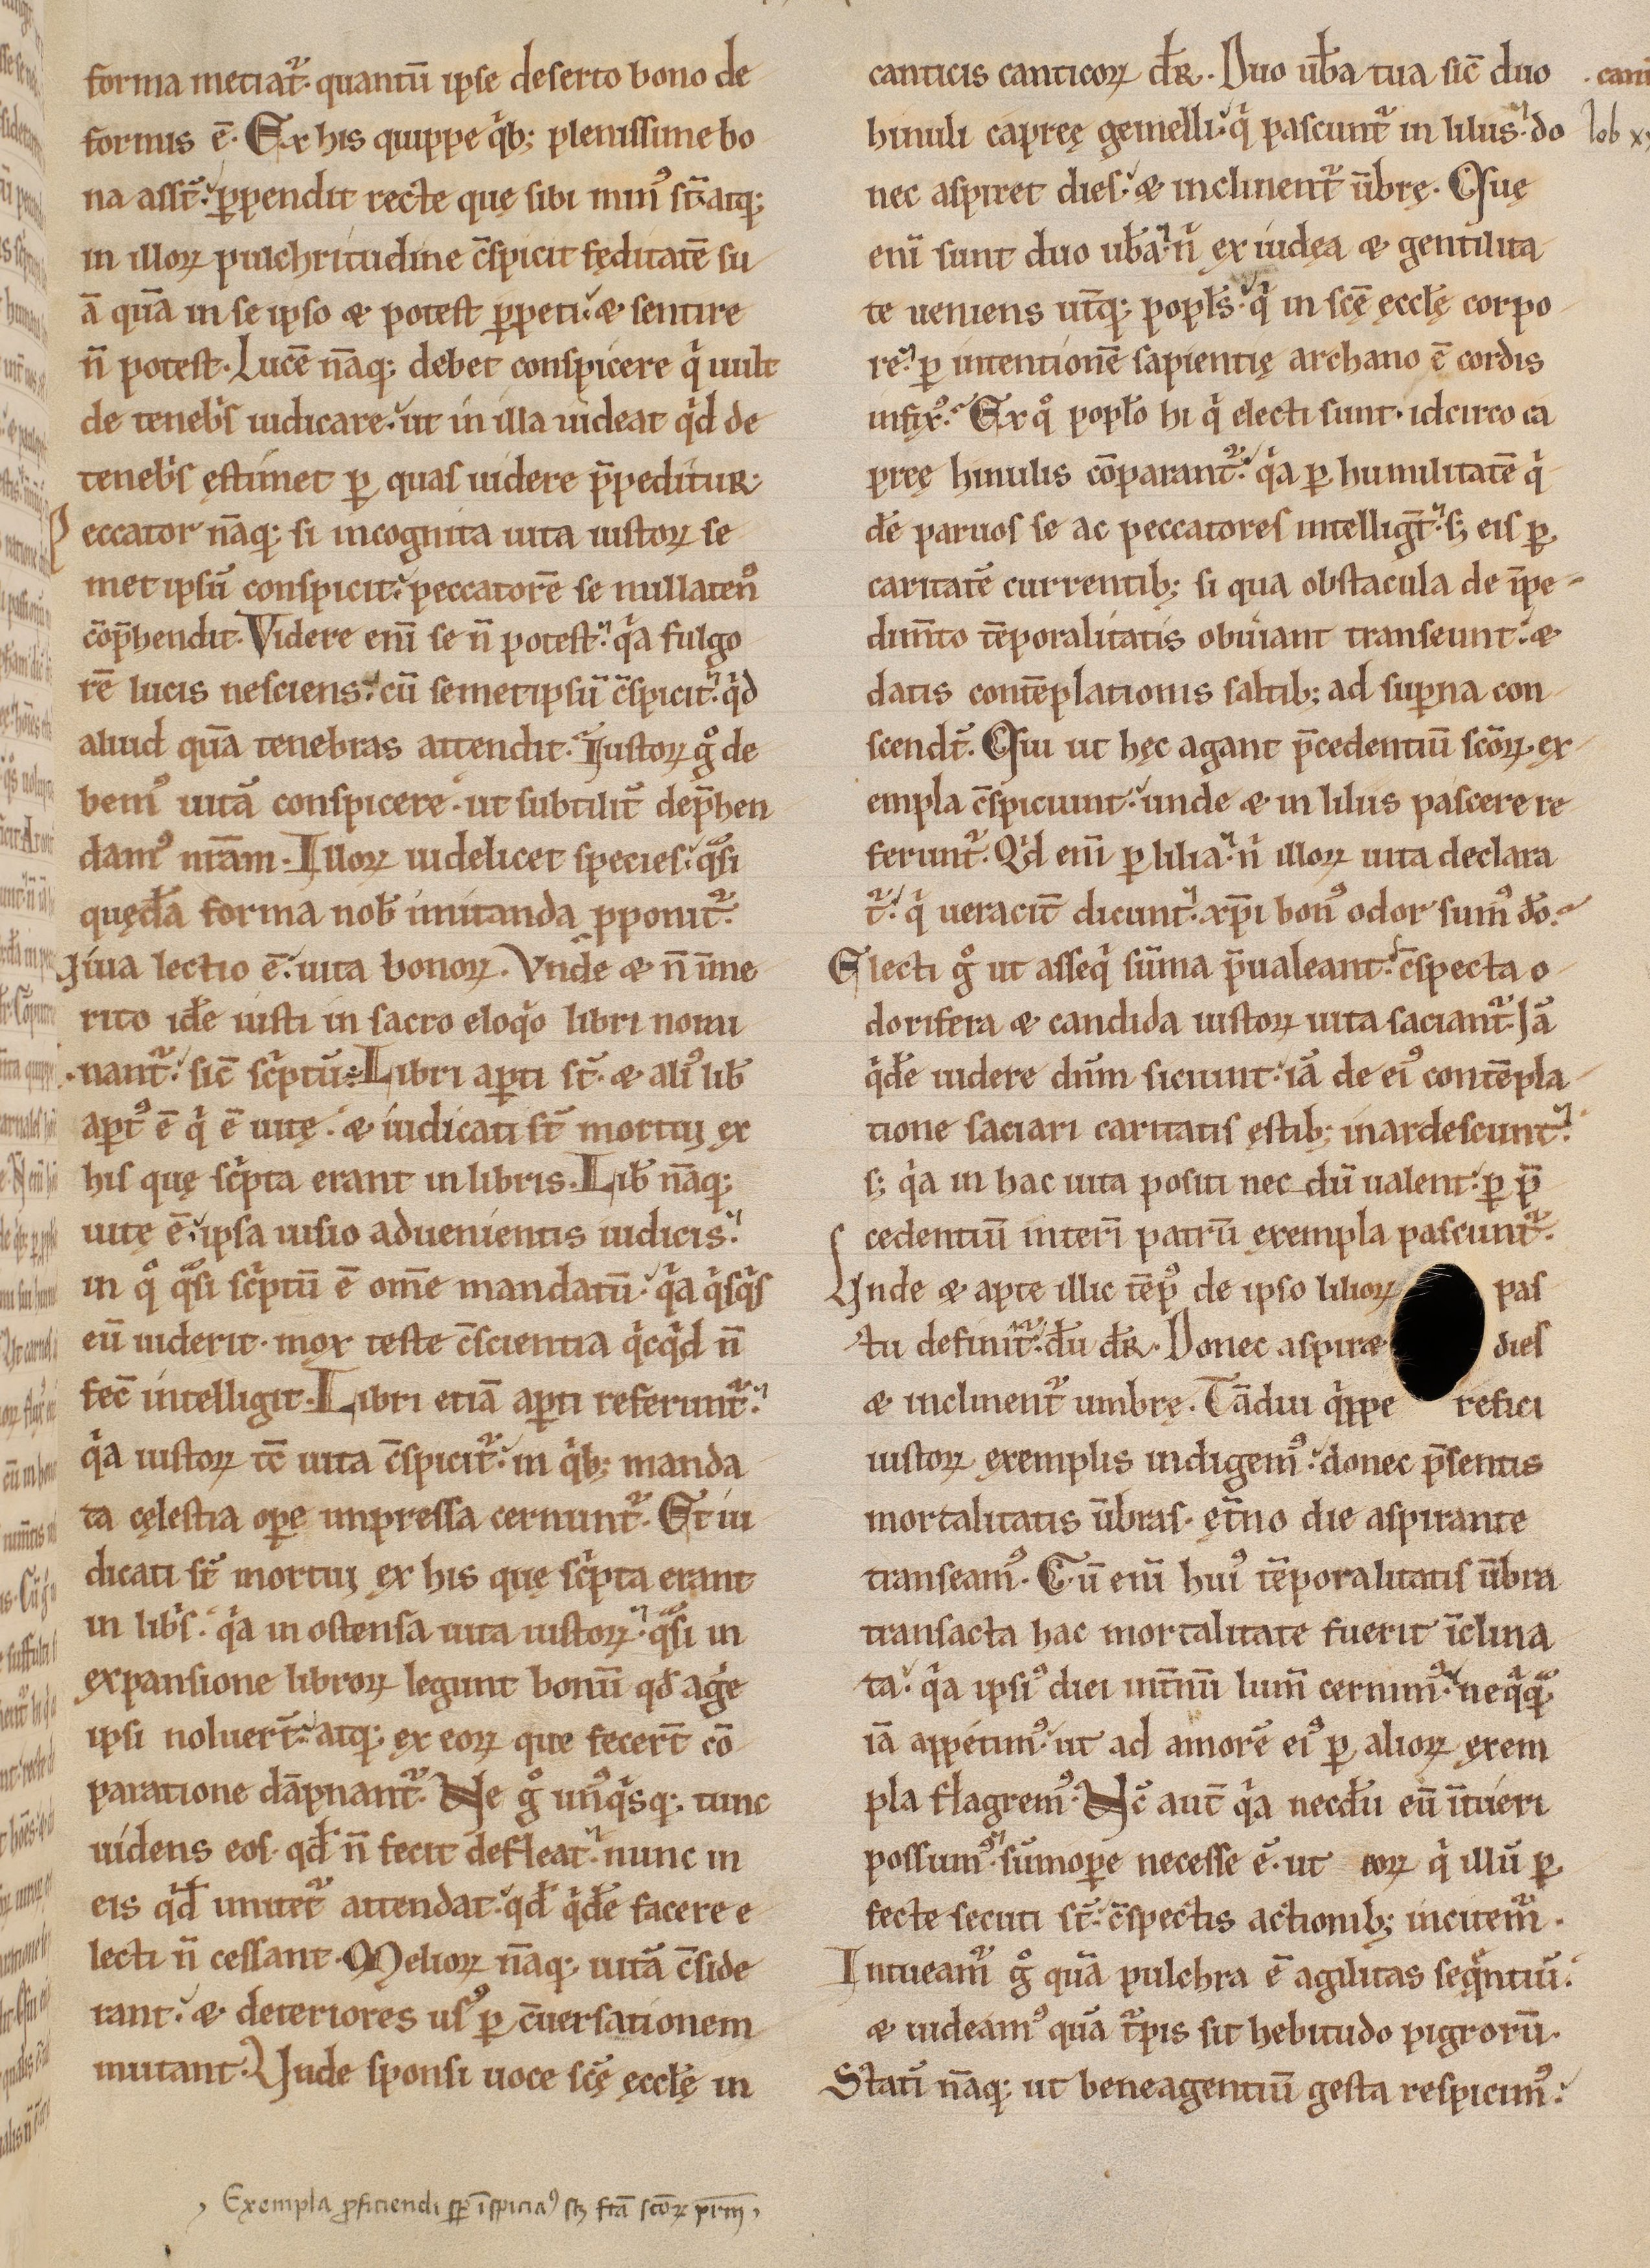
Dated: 1170–1199